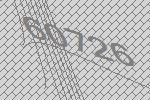
60726